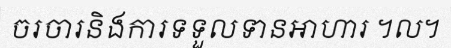
ចរចារនិងការទទួលទានអាហារ ។ល។